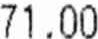
71.00